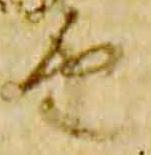
由